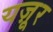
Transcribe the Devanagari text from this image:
यज़ूर